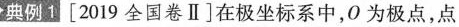
典例Ⅰ[2019全国卷Ⅱ]在极坐标系中，O为极点，点